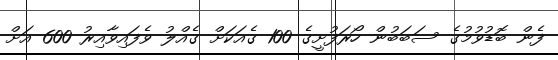
ފެން ބޮޑުވުމުގެ ސަބަބުން ހޯރަފުށީގެ 100 ގެއަކަށް ގެއްލު ވެފައިވާއިރު 600 އަށް